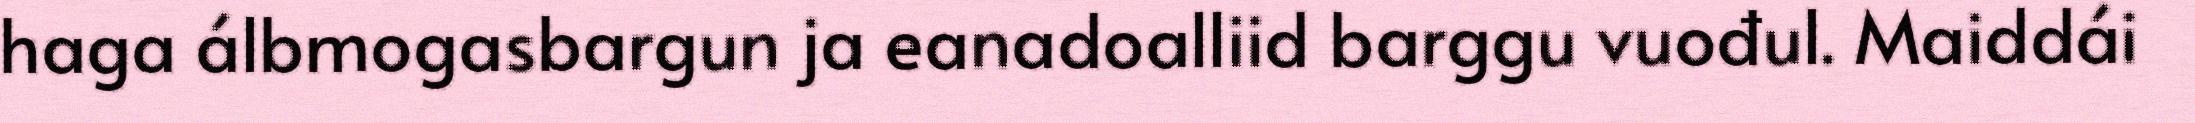
haga álbmogasbargun ja eanadoalliid barggu vuođul. Maiddái